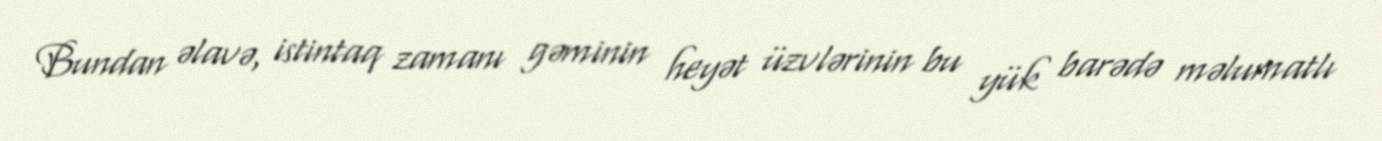
Bundan əlavə, istintaq zamanı gəminin heyət üzvlərinin bu yük barədə məlumatlı